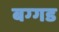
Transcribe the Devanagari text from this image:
बग्‍गड